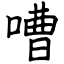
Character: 嘈